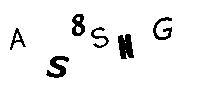
AS8SNG